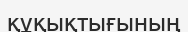
құқықтығының